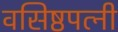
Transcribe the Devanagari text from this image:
वसिष्ठपत्नी